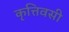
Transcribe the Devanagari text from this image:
कृत्तिवसी